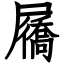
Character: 屩